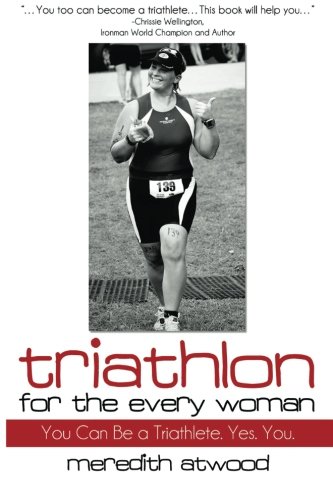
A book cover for Triathlon for the Every Woman: You Can Be a Triathlete. Yes. You.; Meredith Atwood; Health, Fitness & Dieting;